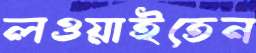
লওয়াইতেন